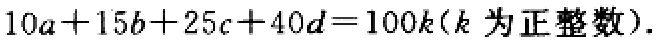
\(10a + 15b + 25c + 40d = 100k(k\text{ 为正整数})\)